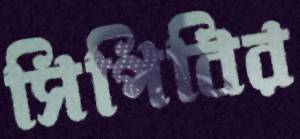
সিপিবির